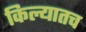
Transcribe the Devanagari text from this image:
किल्यातच